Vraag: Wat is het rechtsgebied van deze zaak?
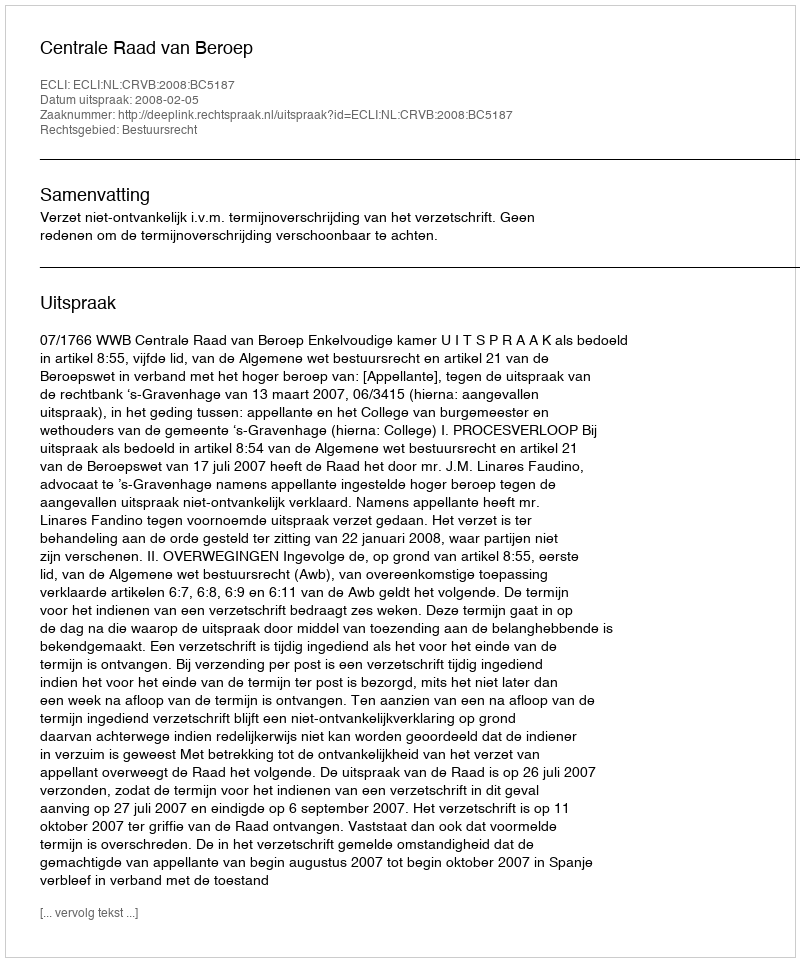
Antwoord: Bestuursrecht